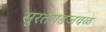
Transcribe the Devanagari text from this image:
सुरतगडजवळ